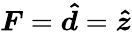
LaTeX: \boldsymbol{F}=\boldsymbol{\hat{d}}=\boldsymbol{\hat{z}}